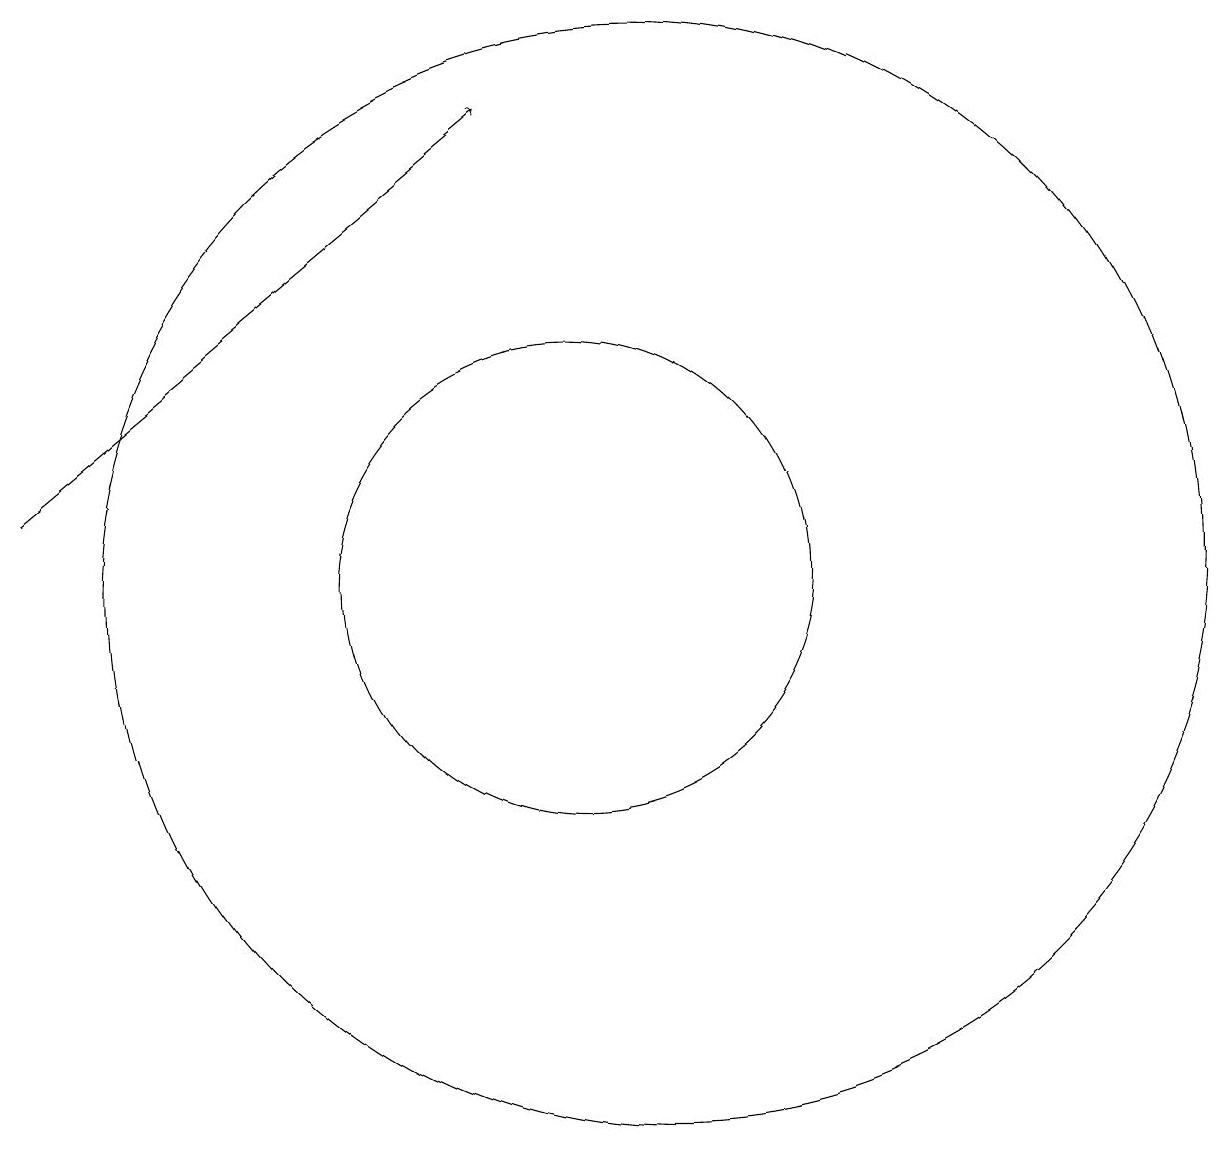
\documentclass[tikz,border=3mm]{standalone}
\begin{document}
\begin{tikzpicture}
\draw[->] (3,13) -- (9,18);
\draw (11,12) circle (7);
\draw (10,12) circle (3);
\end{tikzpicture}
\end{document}